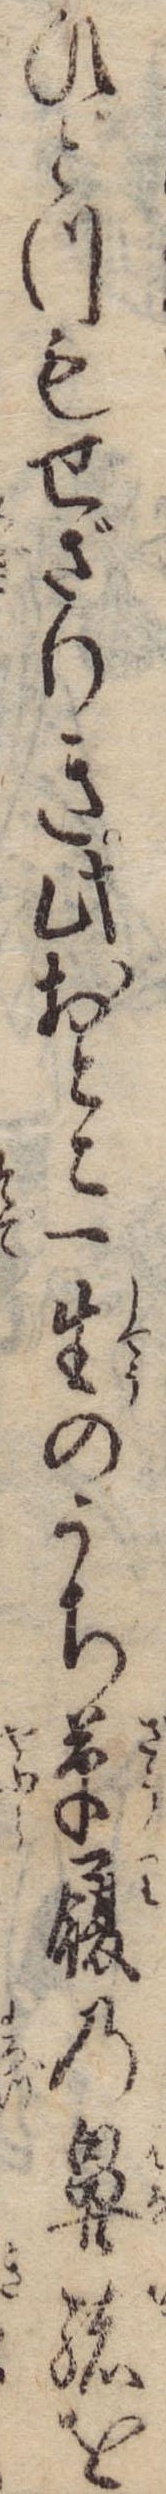
ひとつもせざりき此おとこ一生のうち草履の鼻緒を